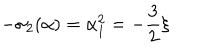
- \sigma _ { 2 } ( \alpha ) = \alpha _ { 1 } ^ { 2 } = - \frac 3 2 \xi